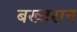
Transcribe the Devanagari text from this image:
बख्तरान